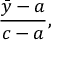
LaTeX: { \frac { { \bar { y } } - a } { c - a } } ,